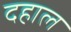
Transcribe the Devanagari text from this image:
दहाल